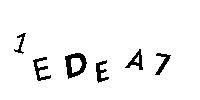
1EDEA7